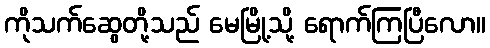
ကိုသက်ဆွေတို့သည် မေမြို့သို့ ရောက်ကြပြီလော။